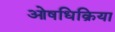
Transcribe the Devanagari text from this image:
ओषधिक्रिया